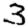
Digit: 3